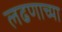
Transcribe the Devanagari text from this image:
लढणाच्या